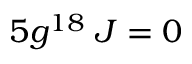
5 g ^ { 1 8 } \; J = 0